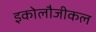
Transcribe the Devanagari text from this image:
इकोलौजीकल